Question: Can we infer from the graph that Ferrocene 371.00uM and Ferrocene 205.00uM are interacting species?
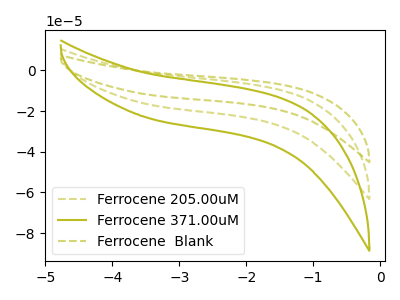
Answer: <think>The olive dashed curve "Ferrocene 205.00uM" has no peaks. The olive curve "Ferrocene 371.00uM" has no peaks. The olive dashed curve "Ferrocene  Blank" has no peaks.
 Neither "Ferrocene 371.00uM" or "Ferrocene 205.00uM" have any peaks.</think>
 <answer>No, "Ferrocene 371.00uM" and "Ferrocene 205.00uM" don't appear to be significantly different in shape</answer>
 <eval>no_change</eval>